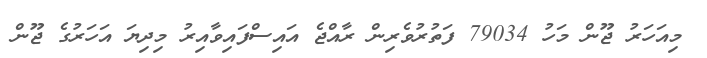
މިއަހަރު ޖޫން މަހު 79034 ފަތުރުވެރިން ރާއްޖެ އައިސްފައިވާއިރު މިދިޔަ އަހަރުގެ ޖޫން